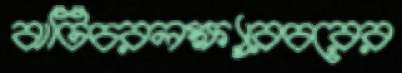
ঝটিচরলক্ষ্যারচরের